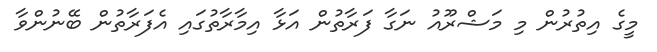
މީގެ އިތުރުން މި މަޝްރޫއު ނަގާ ފަރާތުން އަޅާ އިމާރާތުގައި އެފަރާތުން ބޭނުންވާ